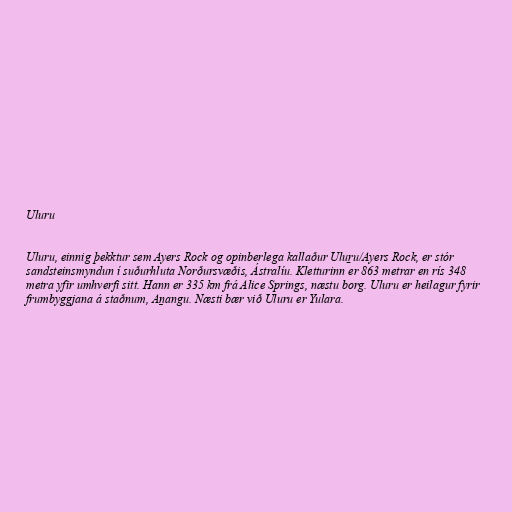
Uluru

Uluru, einnig þekktur sem Ayers Rock og opinberlega kallaður Uluṟu/Ayers Rock, er stór
sandsteinsmyndun í suðurhluta Norðursvæðis, Ástralíu. Kletturinn er 863 metrar en rís 348
metra yfir umhverfi sitt. Hann er 335 km frá Alice Springs, næstu borg. Uluru er heilagur fyrir
frumbyggjana á staðnum, Aṉangu. Næsti bær við Uluru er Yulara.